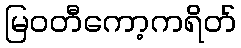
မြဝတီကော့ကရိတ်